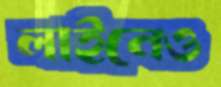
লাইনেও